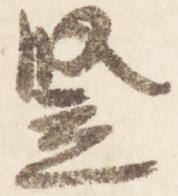
竪